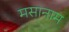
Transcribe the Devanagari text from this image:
मसानाम